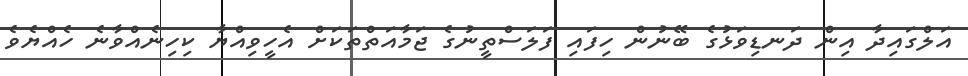
އަލްގައިދާ އިން ދަނޑިވަޅުގެ ބޭނުން ހިފައި ފަލަސްތީނުގެ ޖަމާއަތްތަކަށް އެހީވިއްޔާ ކިހިނެއްވާނެ ހެއްޔެވެ